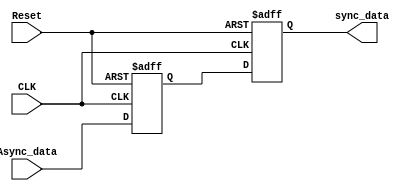
module BIT_SYNC #(parameter NUM_Stages = 2, parameter Width = 1) (
    // input & output ports
    input  wire [Width-1:0] Async_data, 
    input  wire             CLK, 
    input  wire             Reset,
    output reg  [Width-1:0] sync_data
);

reg  [Width-1:0] flops_out [NUM_Stages-2:0];

integer i;

always @(posedge CLK, negedge Reset) begin
    if (!Reset) begin

        for (i = 0; i<(NUM_Stages-1); i=i+1) begin
        flops_out[i] <= 0;
        end
        sync_data <= 0;

    end
    else begin

        flops_out[0] <= Async_data;
        for (i = 1; i<(NUM_Stages-1); i=i+1) begin
            flops_out[i] <= flops_out[i-1];
        end
        sync_data <= flops_out [NUM_Stages-2];

    end
    
end
    
endmodule